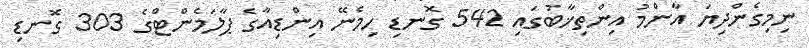
ނިމިގެންދިޔަ އާންމު އިންތިޚާބުގައި 542 ގޮނޑި ހިމެނޭ އިންޑިއާގެ ޕާލަމެންޓްގެ 303 ގޮނޑި